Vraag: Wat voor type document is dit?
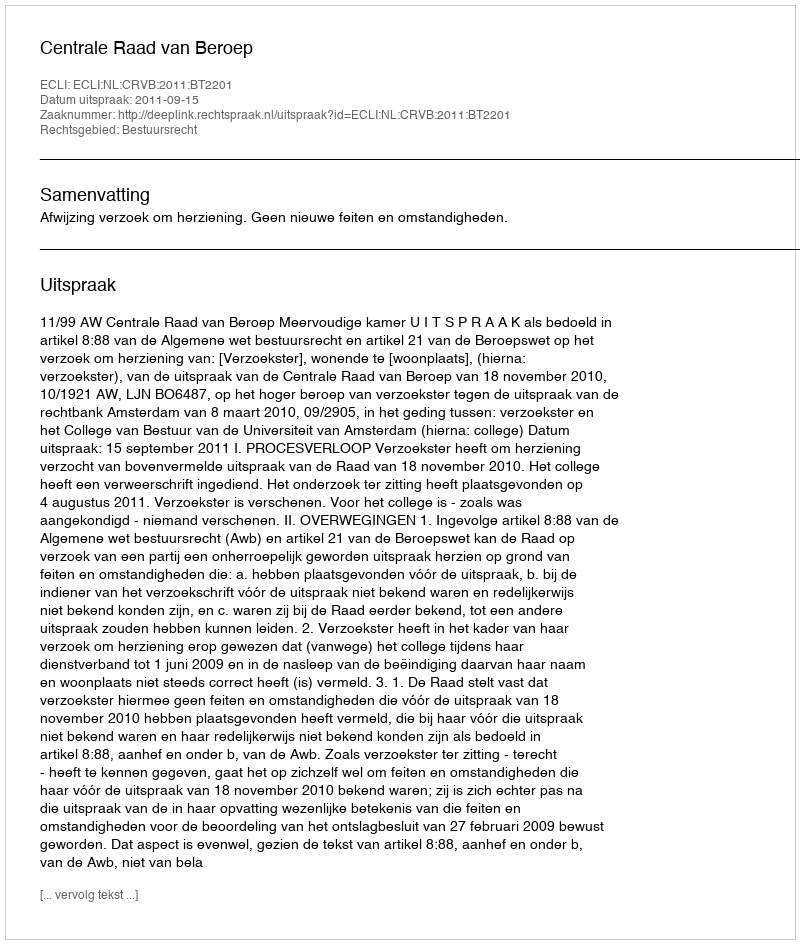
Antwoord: Uitspraak